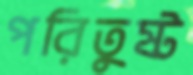
পরিতুষ্ট